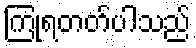
ကြုံရတတ်ပါသည်